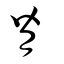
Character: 脊